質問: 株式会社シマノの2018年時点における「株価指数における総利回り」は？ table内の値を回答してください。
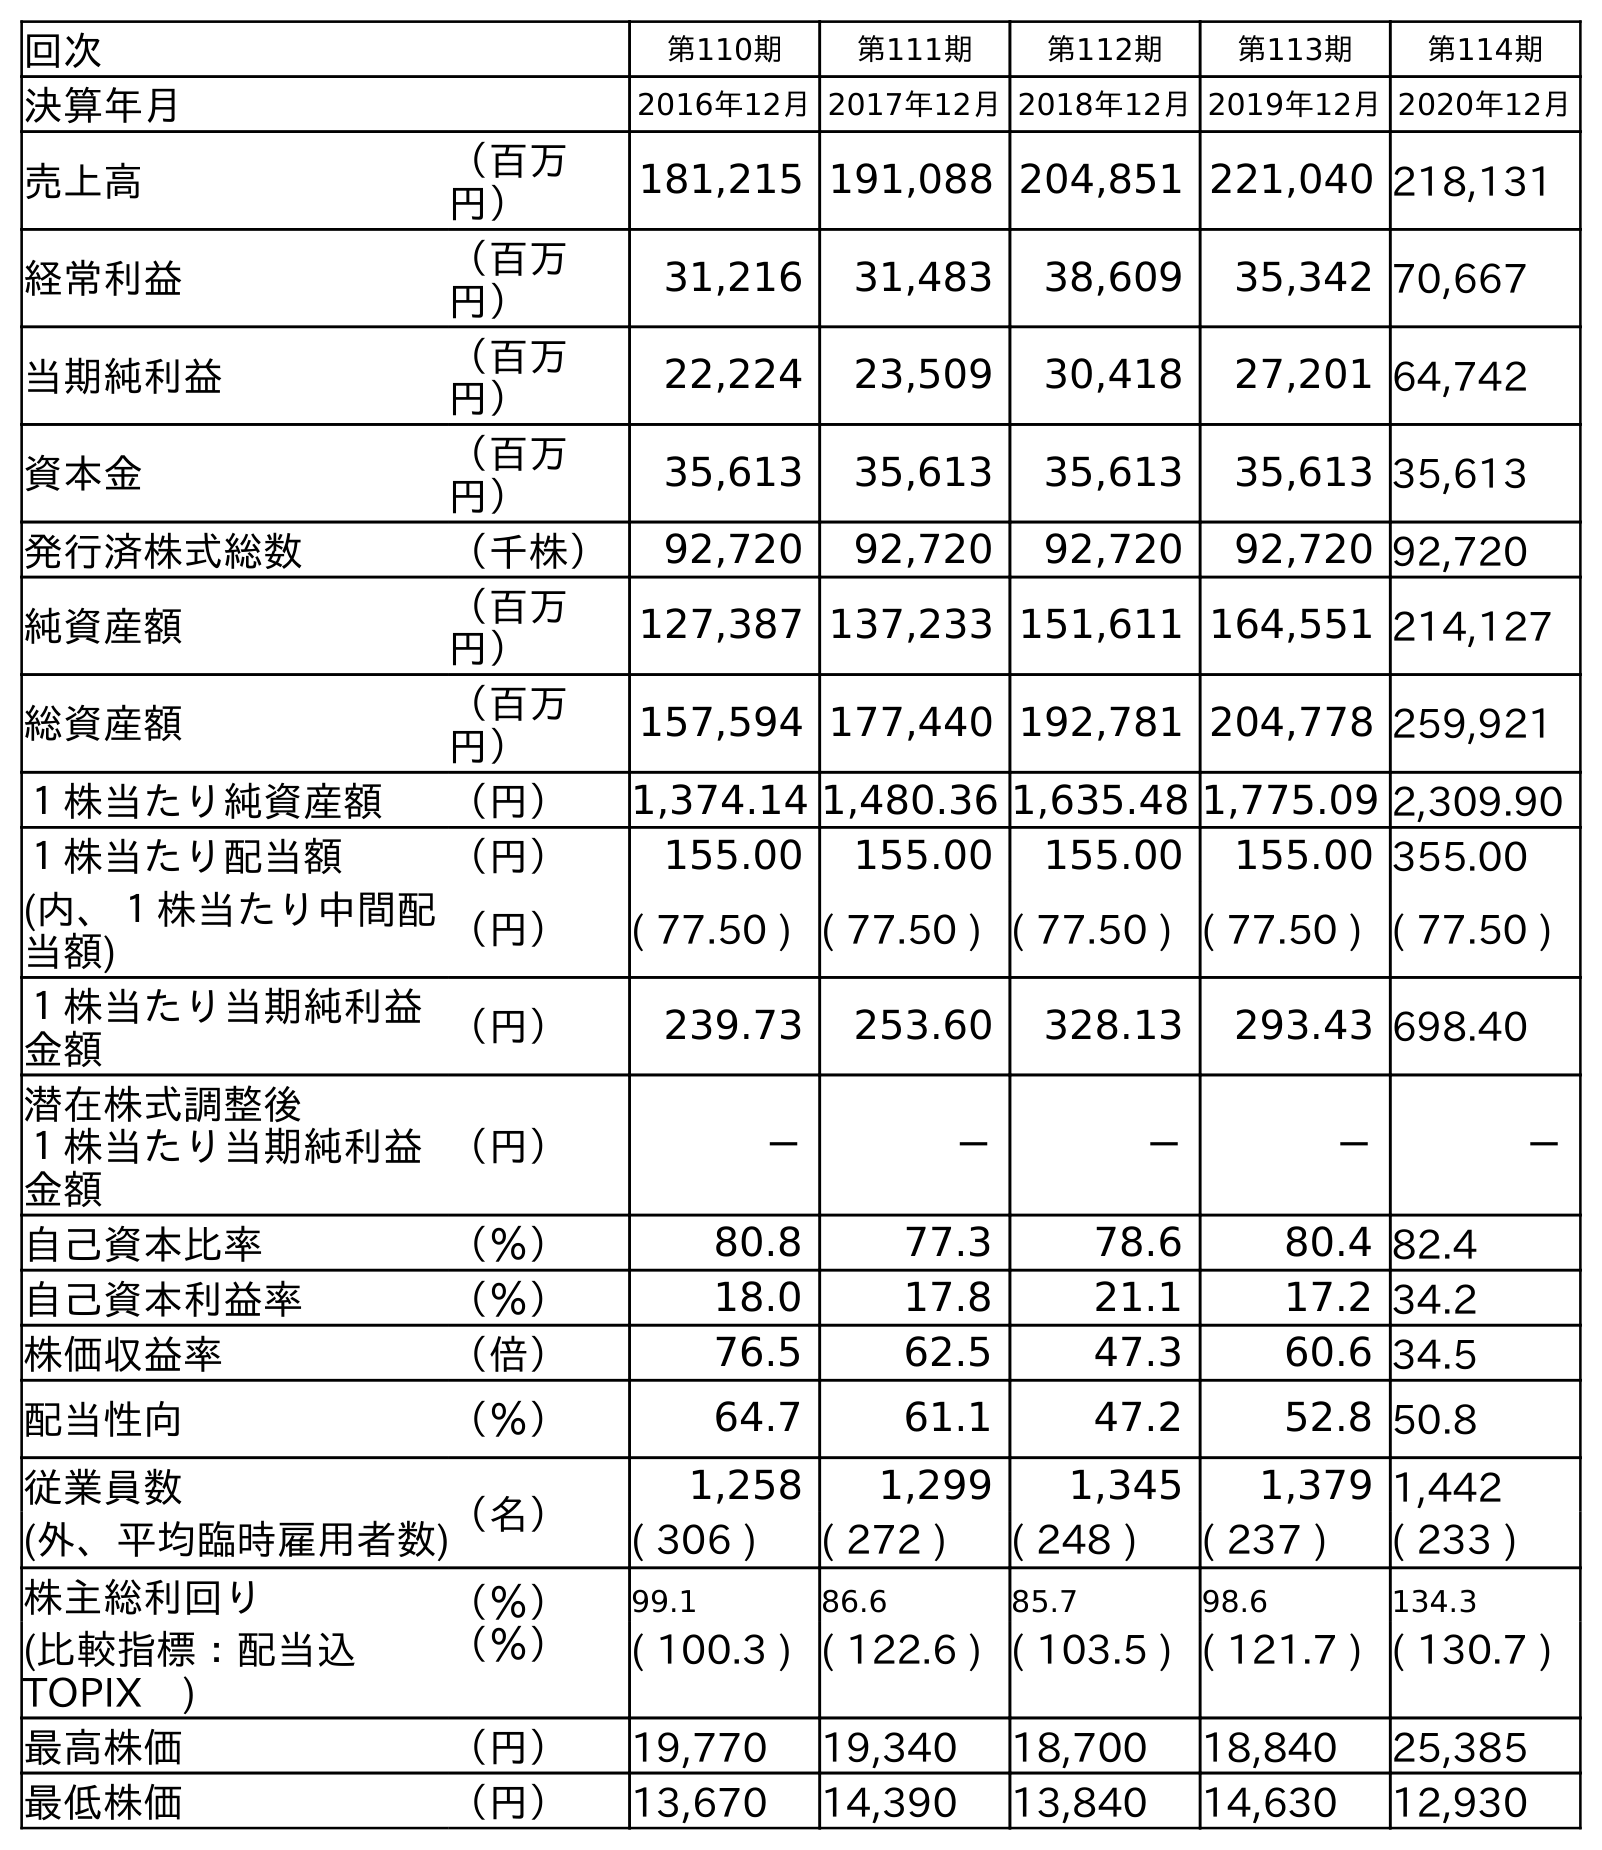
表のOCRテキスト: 回次 第110期 第111期 第112期 第113期 第114期 決算年月 2016年12月2017年12月2018年12月2019年12月2020年12月 売上高 （百万 円） 181,215 191,088 204,851 221,040 218,131 経常利益 （百万 円） 31,216 31,483 38,609 35,342 70,667 当期純利益 （百万 円） 22,224 23,509 30,418 27,201 64,742 資本金 （百万 円） 35,613 35,613 35,613 35,613 35,613 発行済株式総数 （千株） 92,720 92,720 92,720 92,720 92,720 純資産額 （百万 円） 127,387 137,233 151,611 164,551 214,127 総資産額 （百万 円） 157,594 177,440 192,781 204,778 259,921 １株当たり純資産額 （円） 1,374.14 1,480.36 1,635.48 1,775.09 2,309.90 １株当たり配当額 （円） 155.00 155.00 155.00 155.00 355.00 (内、１株当たり中間配 当額) （円） ( 77.50 ) ( 77.50 ) ( 77.50 ) ( 77.50 ) ( 77.50 ) １株当たり当期純利益 金額 （円） 239.73 253.60 328.13 293.43 698.40 潜在株式調整後 １株当たり当期純利益 金額 （円） － － － － － 自己資本比率 （％） 80.8 77.3 78.6 80.4 82.4 自己資本利益率 （％） 18.0 17.8 21.1 17.2 34.2 株価収益率 （倍） 76.5 62.5 47.3 60.6 34.5 配当性向 （％） 64.7 61.1 47.2 52.8 50.8 従業員数 （名） 1,258 1,299 1,345 1,379 1,442 (外、平均臨時雇用者数) ( 306 ) ( 272 ) ( 248 ) ( 237 ) ( 233 ) 株主総利回り （％） 99.1 86.6 85.7 98.6 134.3 (比較指標：配当込 TOPIX ) （％） ( 100.3 ) ( 122.6 ) ( 103.5 ) ( 121.7 ) ( 130.7 ) 最高株価 （円） 19,770 19,340 18,700 18,840 25,385 最低株価 （円） 13,670 14,390 13,840 14,630 12,930
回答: (103.5)